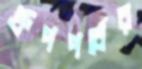
গ্রুপপর্বের